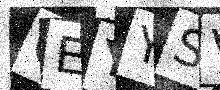
Text: QEYYSV